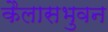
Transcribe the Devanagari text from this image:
कैलासभुवन